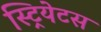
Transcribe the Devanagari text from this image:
स्ट्रियेटस